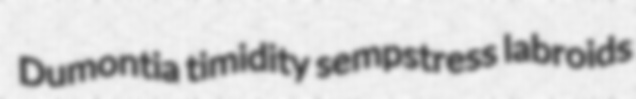
Dumontia timidity sempstress labroids